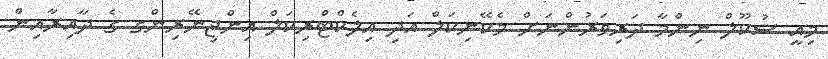
މިއީ ސުކޫލް ނިންމާ ދަރިވަރުންނަށް މެކޭނިކަލް އަދި އިލެކްޓްރިކަލް އިންޖިނޭރިންގ ގެ ދާއިރާއިން